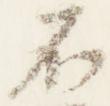
不